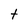
Character: t